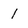
Character: 1